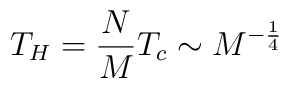
T_H = \frac{N}{M} T_c \sim M^{- \frac{1}{4}}